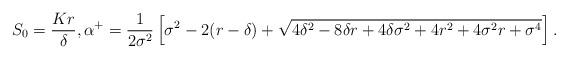
LaTeX: \begin{align*}S_{0} = \frac{Kr}{\delta}, \alpha^{+}= \frac{1}{2\sigma^{2}}\left[ \sigma^{2} -2(r-\delta) + \sqrt{4 \delta^{2} - 8 \delta r + 4 \delta \sigma^{2} + 4 r^{2} + 4\sigma^{2}r + \sigma^{4} } \right]. \end{align*}